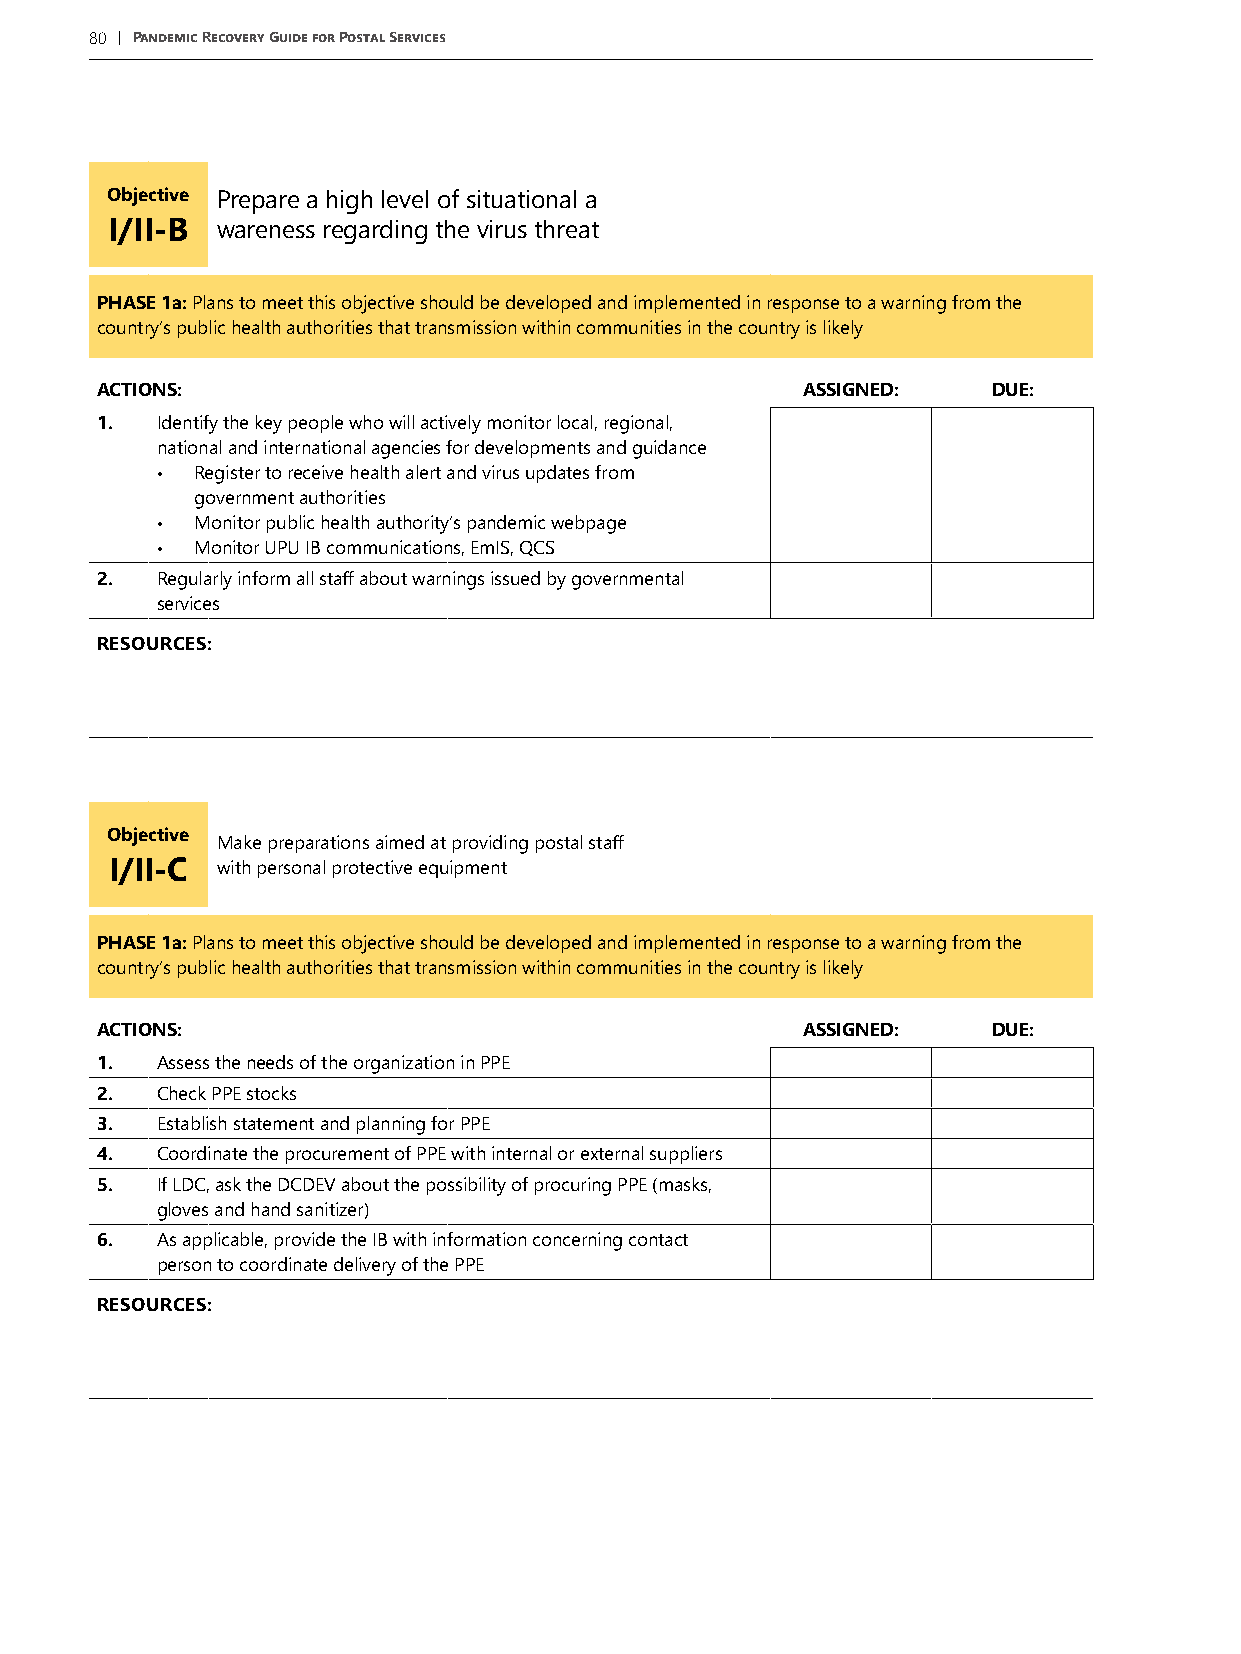
80 | Pandemic Recovery Guide for Postal Services
 Objective Prepare a high level of situational a
 I/II-B wareness regarding the virus threat
 PHASE 1a: Plans to meet this objective should be developed and implemented in response to a warning from the
 country’s public health authorities that transmission within communities in the country is likely
 ACTIONS:                                       ASSIGNED:    DUE:
 1.  Identify the key people who will actively monitor local, regional,
 national and international agencies for developments and guidance
 •  Register to receive health alert and virus updates from
 government authorities
 •  Monitor public health authority’s pandemic webpage
 •  Monitor UPU IB communications, EmIS, QCS
 2.  Regularly inform all staff about warnings issued by governmental
 services
 RESOURCES:
 Objective
 Make preparations aimed at providing postal staff
 I/II-C with personal protective equipment
 PHASE 1a: Plans to meet this objective should be developed and implemented in response to a warning from the
 country’s public health authorities that transmission within communities in the country is likely
 ACTIONS:                                       ASSIGNED:    DUE:
 1.  Assess the needs of the organization in PPE
 2.  Check PPE stocks
 3.  Establish statement and planning for PPE
 4.  Coordinate the procurement of PPE with internal or external suppliers
 5.  If LDC, ask the DCDEV about the possibility of procuring PPE (masks,
 gloves and hand sanitizer)
 6.  As applicable, provide the IB with information concerning contact
 person to coordinate delivery of the PPE
 RESOURCES: